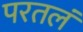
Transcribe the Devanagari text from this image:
परतलं